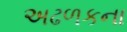
અઢળકના